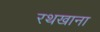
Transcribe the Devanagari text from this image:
रथखाना